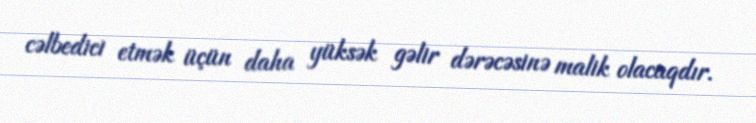
cəlbedici etmək üçün daha yüksək gəlir dərəcəsinə malik olacaqdır.